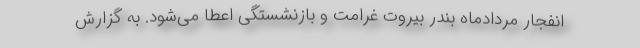
انفجار مردادماه بندر بیروت غرامت و بازنشستگی اعطا می‌شود. به گزارش